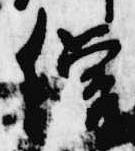
僧